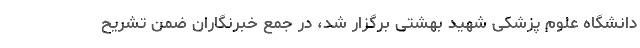
دانشگاه علوم پزشکی شهید بهشتی برگزار شد، در جمع خبرنگاران ضمن تشریح